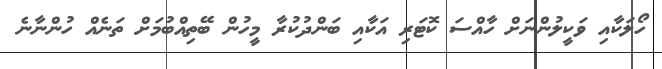
ހޯލަކާއި ވަކީލުންނަށް ހާއްސަ ކޮޓަރި އަކާއި ބަންދުކުރާ މީހުން ބޭތިއްބުމަށް ތަނެއް ހުންނާނެ